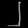
Digit: ၂